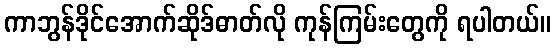
ကာဘွန်ဒိုင်အောက်ဆိုဒ်ဓာတ်လို ကုန်ကြမ်းတွေကို ရပါတယ်။